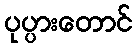
ပုပ္ပားတောင်